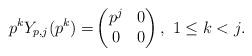
LaTeX: \begin{align*} p^k Y_{p,j}(p^k) =& \begin{pmatrix}p^j&0\\0&0\end{pmatrix}, \ 1\leq k < j.\end{align*}